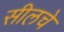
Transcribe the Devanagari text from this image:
सीलचे